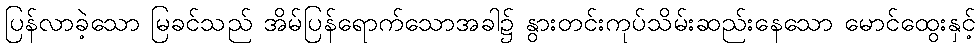
ပြန်လာခဲ့သော မြခင်သည် အိမ်ပြန်ရောက်သောအခါ၌ နွားတင်းကုပ်သိမ်းဆည်းနေသော မောင်ထွေးနှင့်